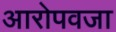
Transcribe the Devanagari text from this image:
आरोपवजा